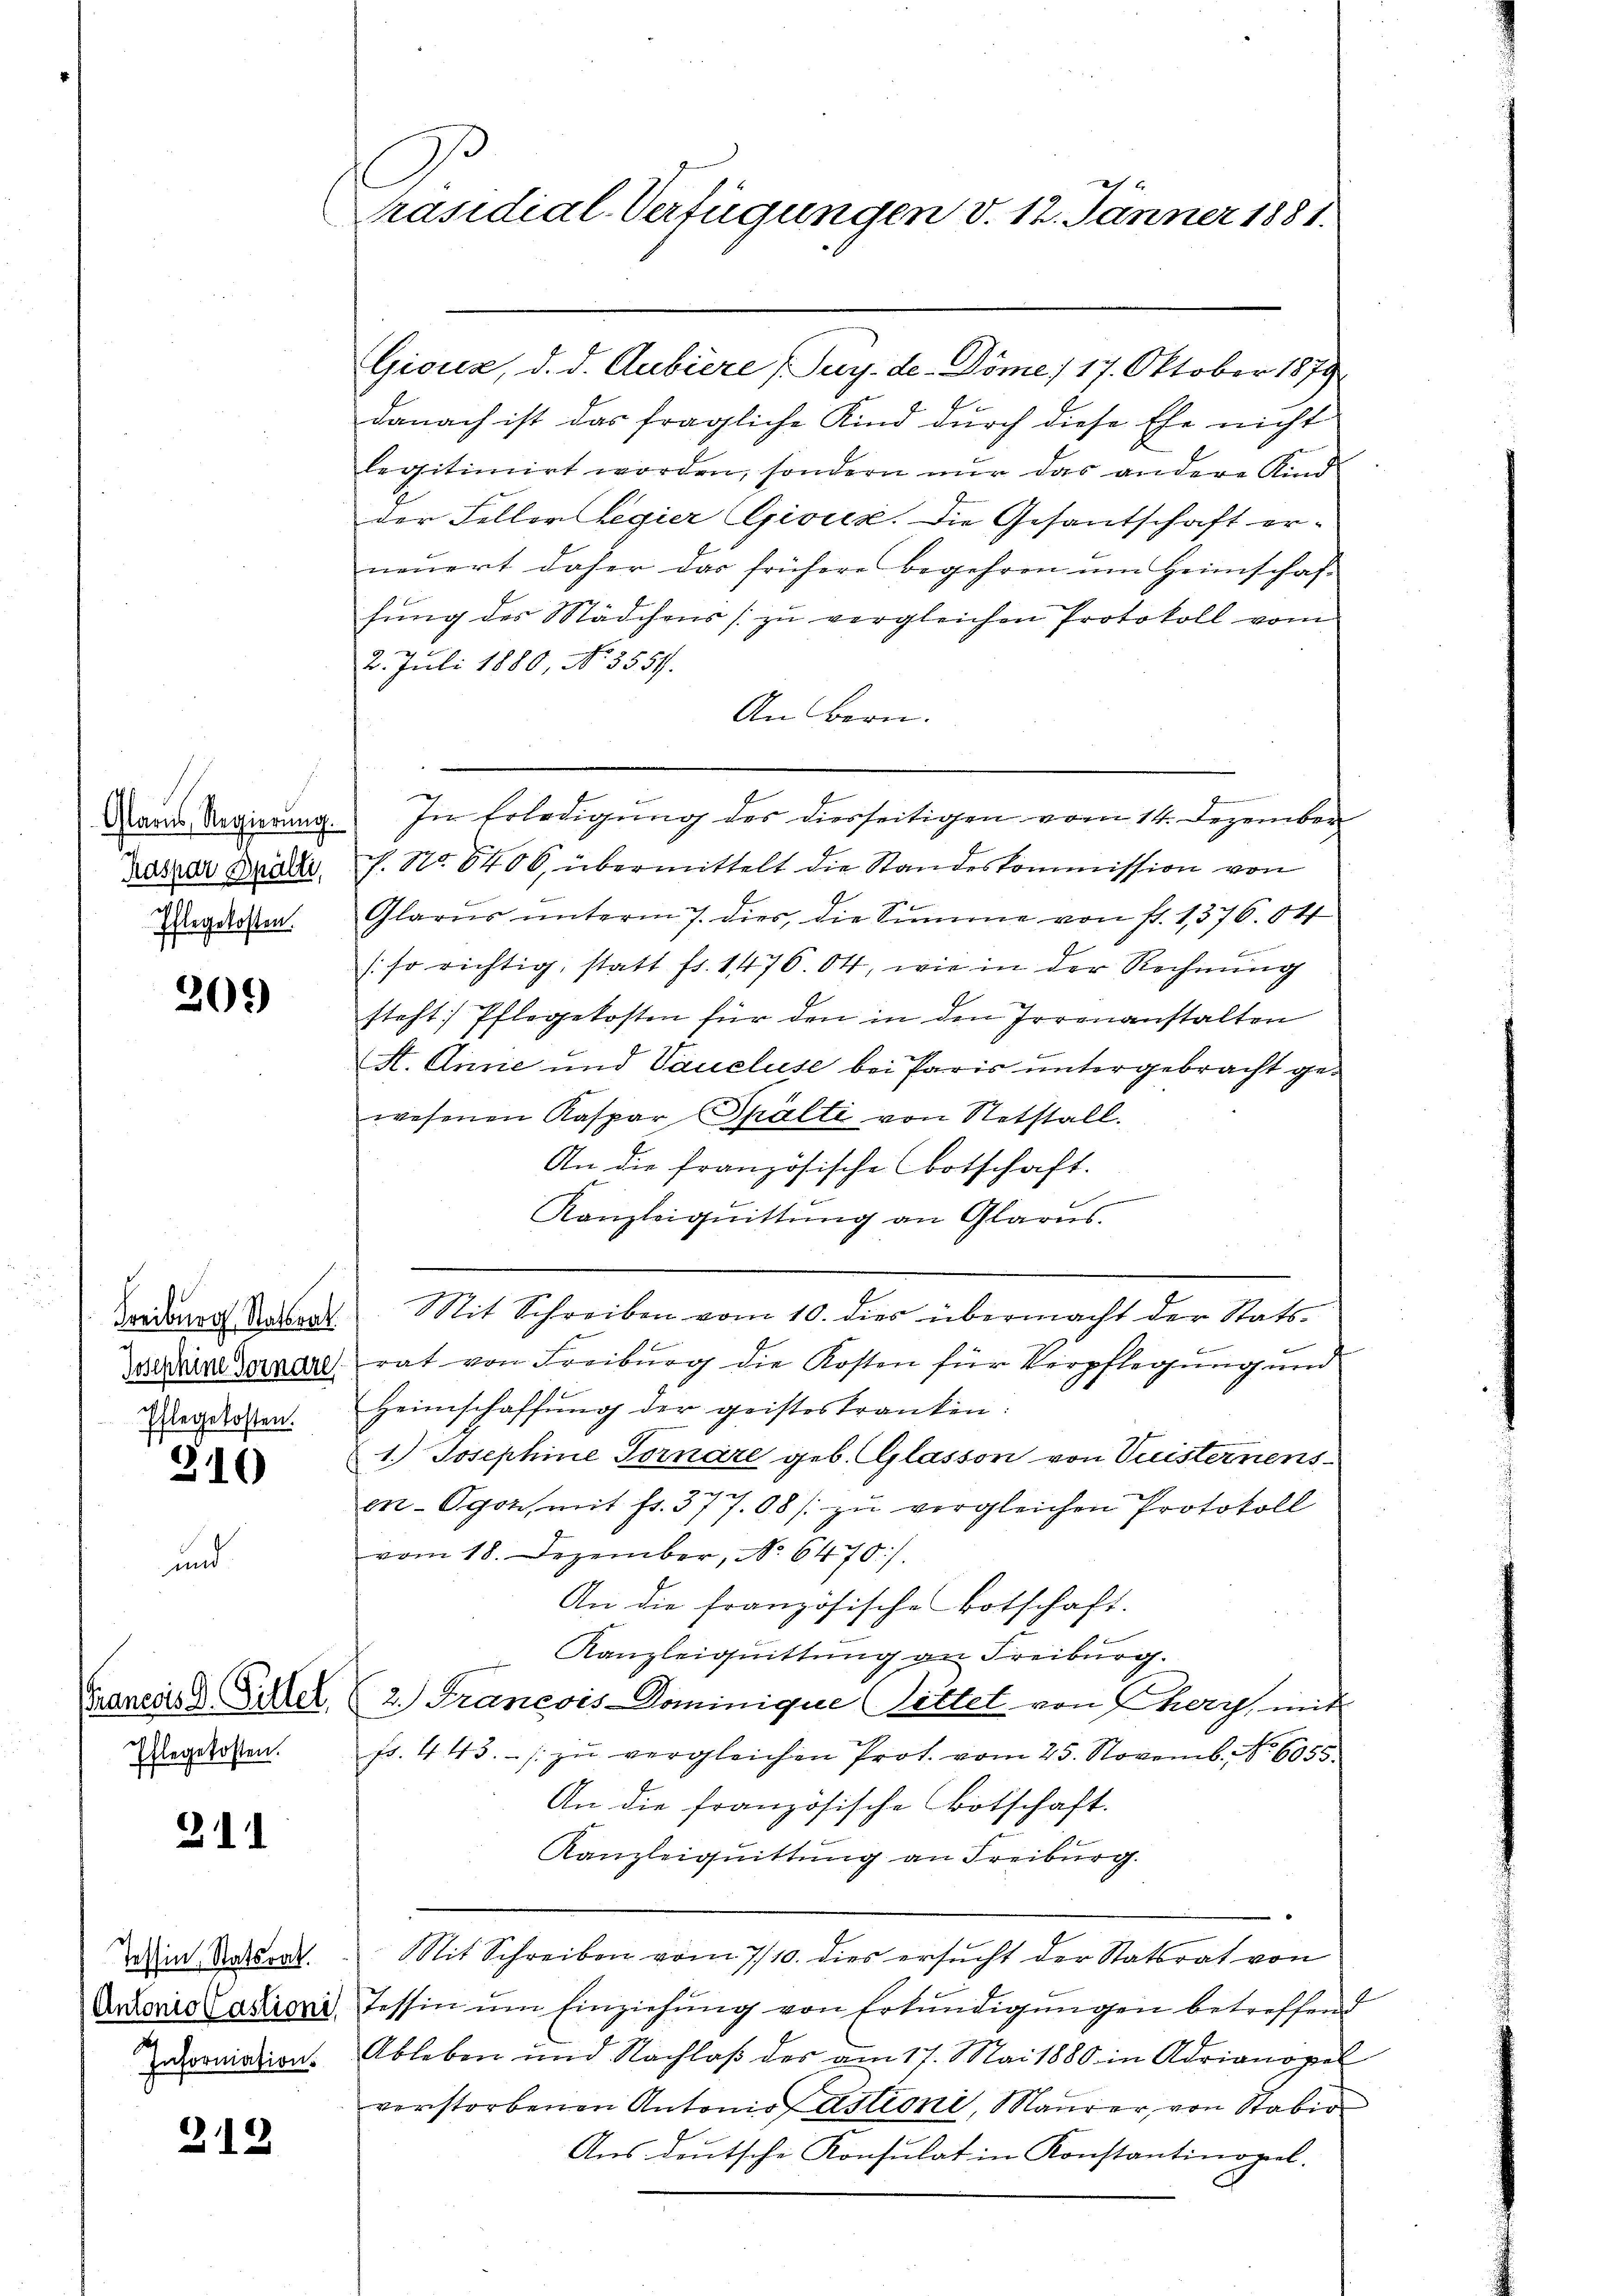
209

Glarus, Regierung.
Kaspar Drälte,
Pflegekosten.

f
Freiburg Natrat
Josephine Vornare
Ehlegekosten.

310

in

Ehlegekosten.

311

Tessin, Statsrat.
Antonio Castioni
Informations

212

Präsidial-Verfügungen v. 12. Jänner 1881.

Giouz, d. d. Aubiere (Puy.de-Döme / 17. Oktober 1879
danach ist das fragliche Kind durch diese Ehe nicht
legitimirt worden, sondern nŭr das andere Kind
der Feller Regier Gioiz. Die Gesantschaft erneŭert daher das frühere begehren um Heimschaf-
fung des Mädchens zu vergleichen Protokoll vom
2. Juli 1880, No 3554.
An Bern.
In Erledigung des diesseitigen vom 14. Dezember
f. No. 8406, übermittelt die Standeskommission von
Glarus unterm 7. dies, die Summe von fl. 1,376. 84
/:so richtig, statt fr. 1476.04, wie in der Rechnung
steht: Pflegekosten für den in den Irrenanstalten
St. Annie und Vaucluse bei Paris untergebracht gewesenen Kaspar Spälti von Stetstall.
An die französische botschaft.
f
Kanzleiguittung an Glarus.
Mit Schreiben vom 10. dies übermacht der Stats
rat von Freiburg die Kosten für Verpflegung und
Heimschaffung der geisteskranken.
1.) Josephine Tornare geb. Glasson von Vuisternens
en. Ogok, mit fr. 377.08/ zu vergleichen Protokoll
vom 18. Dezember, No 6470).
An die französische Botschaft.
Kanzleiquittung an Freiburg.
Gancis D Gittel, (2.) Francois Dominique (Sittel von Thery, mit
fs. 443.- zŭ vergleichen Prot. vom 25. Novemb. Nr. 6053.
An die französische Botschaft.
Kanzleiquittung an Freiburg.
n
Mit Schreiben vom 7/10. dies ersucht der Statsrat von
Tessin ŭm Einziehung von Erkŭndigungen betreffend
Ableben und Nachlaβ des am 17. Mai 1880 in Adrianopel
verstorbenen Antonio Astioni, Maurer, von Stabi
Aus deutsche Konsulat in Konstantinopel.